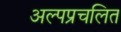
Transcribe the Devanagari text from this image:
अल्पप्रचलित